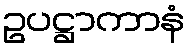
ဥပဋ္ဌာကာနံ